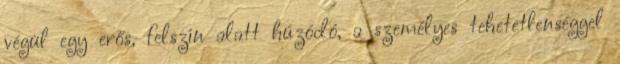
végül egy erős, felszín alatt húzódó, a személyes tehetetlenséggel